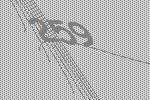
259